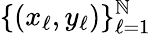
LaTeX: \{ (x_{\ell},y_{\ell})\} _{\ell=1}^{\mathbb{N}}